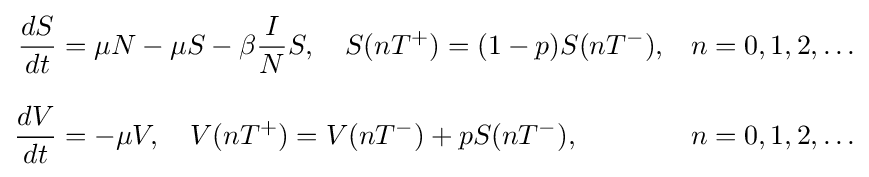
{\begin{aligned}{\frac {dS}{dt}}&=\mu N-\mu S-\beta {\frac {I}{N}}S,\quad S(nT^{+})=(1-p)S(nT^{-}),&&n=0,1,2,\ldots \\[8pt]{\frac {dV}{dt}}&=-\mu V,\quad V(nT^{+})=V(nT^{-})+pS(nT^{-}),&&n=0,1,2,\ldots \end{aligned}}